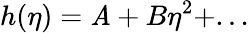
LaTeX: h(\eta)=\mathit{A}+B\eta^{2}+...